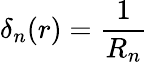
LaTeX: \delta_{n}(r)={\frac{1}{R_{n}}}